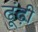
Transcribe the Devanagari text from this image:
ढूंढ़ी